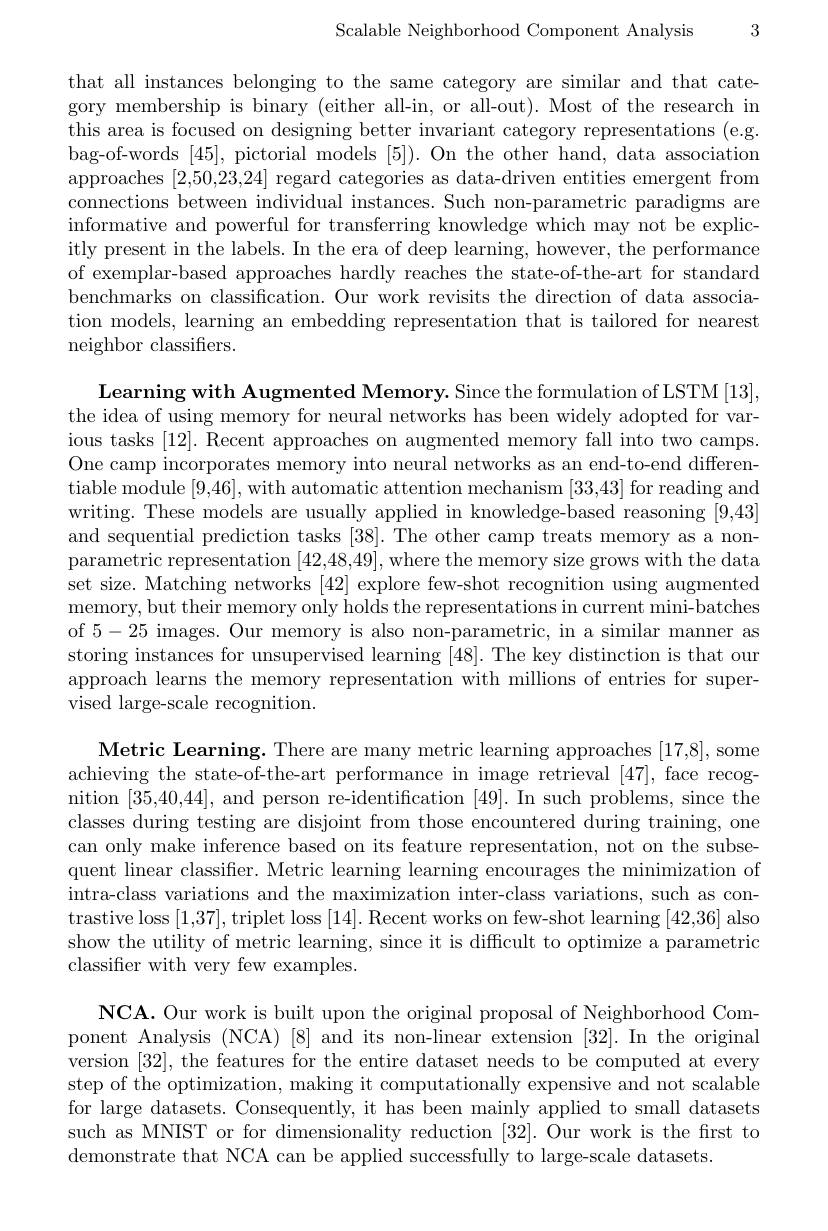
Scalable Neighborhood Component Analysis

3

that all instances belonging to the same category are similar and that category membership is binary (either all-in, or all-out). Most of the research in this area is focused on designing better invariant category representations (e.g. bag-of-words [45],pictorial models [5]). On the other hand, data association approaches [2,50,23,24] regard categories as data-driven entities emergent from connections between individual instances. Such non-parametric paradigms are informative and powerful for transferring knowledge which may not be explicitly present in the labels. In the era of deep learning, however, the performance of exemplar-based approaches hardly reaches the state-of-the-art for standard benchmarks on classification. Our work revisits the direction of data association models, learning an embedding representation that is tailored for nearest neighbor classifiers.

Learning with Augmented Memory. Since the formulation of LSTM [ 13] , the idea of using memory for neural networks has been widely adopted for various tasks [12]. Recent approaches on augmented memory fall into two camps. One camp incorporates memory into neural networks as an end-to-end differentiable module [9,46],with automatic attention mechanism [33,43] for reading and writing. These models are usually applied in knowledge-based reasoning [9,43] and sequential prediction tasks [38]. The other camp treats memory as a nonparametric representation [42,48,49], where the memory size grows with the data set size. Matching networks [42] explore few-shot recognition using augmented memory, but their memory only holds the representations in current mini-batches of 5-25 images. Our memory is also non-parametric, in a similar manner as storing instances for unsupervised learning [48]. The key distinction is that our approach learns the memory representation with millions of entries for supervised large-scale recognition.

Metric Learning. There are many metric learning approaches [17,8], some achieving the state-of-the-art performance in image retrieval [47], face recognition [35,40,44], and person re-identification [49]. In such problems, since the classes during testing are disjoint from those encountered during training, one can only make inference based on its feature representation, not on the subsequent linear classifier. Metric learning learning encourages the minimization of intra-class variations and the maximization inter-class variations, such as contrastive loss [1,37],triplet loss [14]. Recent works on few-shot learning [42,36] also show the utility of metric learning, since it is difficult to optimize a parametric classifier with very few examples.

$\mathbf{NCA.~Our~work~is~built~upon~the~original~proposal~of~Neighborhood~Com-}$ ponent Analysis (NCA) [8] and its non-linear extension [32]. In the original version [32], the features for the entire dataset needs to be computed at every step of the optimization, making it computationally expensive and not scalable for large datasets. Consequently, it has been mainly applied to small datasets such as MNIST or for dimensionality reduction [32]. Our work is the first to demonstrate that NCA can be applied successfully to large-scale datasets.